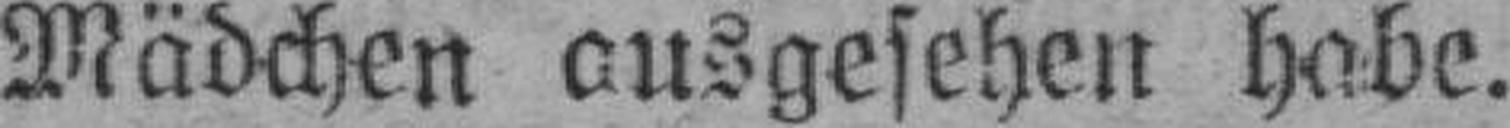
Mädchen ausgesehen habe.